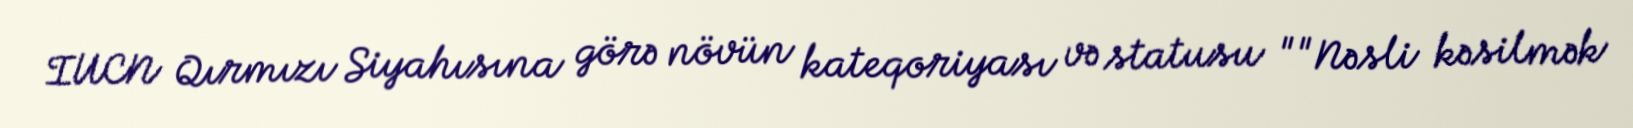
IUCN Qırmızı Siyahısına görə növün kateqoriyası və statusu ""Nəsli kəsilmək